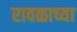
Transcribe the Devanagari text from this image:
रावळाच्या